Annual administration report of the Civil Veterinary Department of India - 1897-1898
Year: 1897
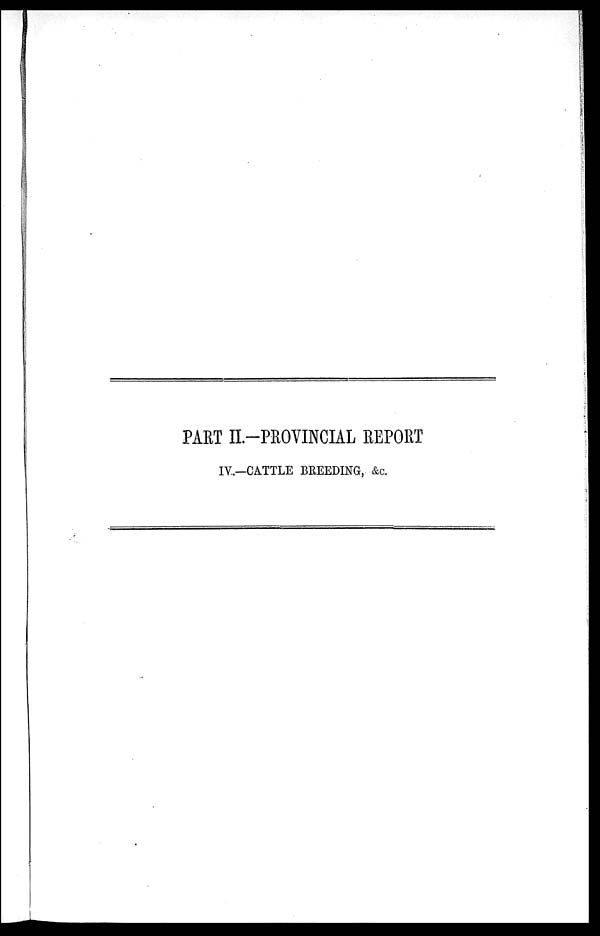
PART II—PROVINCIAL REPORT
IV.—CATTLE BREEDING, &c.